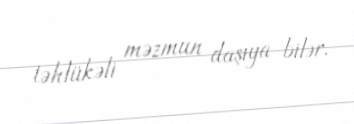
təhlükəli məzmun daşıya bilər.